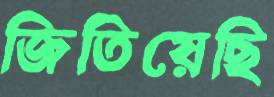
জিতিয়েছি